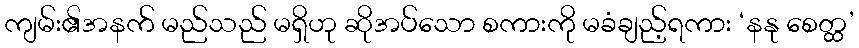
ကျမ်း၏အနက် မည်သည် မရှိဟု ဆိုအပ်သော စကားကို မခံချည့်ရကား ‘နနု စေတ္ထ’